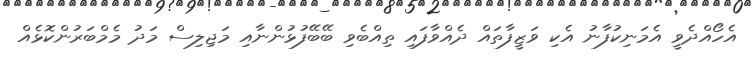
އެހޯއްދެވީ އެމަނިކުފާނު އެކި ވަޒީފާތައް ދެއްވާފައި ތިއްބެވި ބޭބޭފުޅުންނާއި މަޖިލިސް މަދު މެމްބަރުންކޮޅެއް